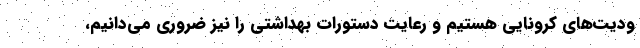
ودیت‌های کرونایی هستیم و رعایت دستورات بهداشتی را نیز ضروری می‌دانیم،